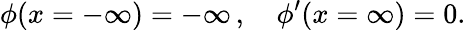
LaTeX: \phi(x=-\infty)=-\infty\, ,\quad\phi^{\prime}(x=\infty)=0.